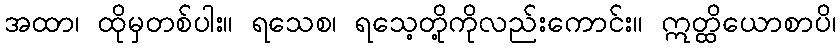
အထာ၊ ထိုမှတစ်ပါး။ ရသေစ၊ ရသေ့တို့ကိုလည်းကောင်း။ ဣတ္ထိယောစာပိ၊